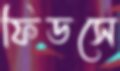
ফিডসে